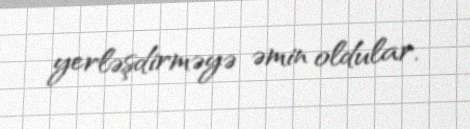
yerləşdirməyə əmin oldular.